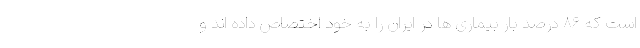
است که ۸۶ درصد بار بیماری ها در ایران را به خود اختصاص داده اند و